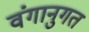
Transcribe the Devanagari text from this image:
वंगानुगत